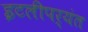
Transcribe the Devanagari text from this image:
इटलीपर्यंत